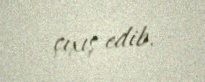
çıxış edib.